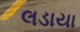
લડાયા